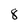
Character: 8